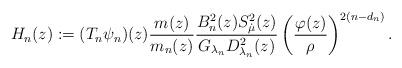
LaTeX: \begin{align*}H_n(z) := (T_n\psi_n)(z)\frac{m(z)}{m_n(z)}\frac{B_n^2(z)S_{\dot\mu}^2(z)}{G_{\lambda_n}D_{\lambda_n}^2(z)}\left( \frac{\varphi(z)}\rho\right)^{2(n-d_n)}.\end{align*}